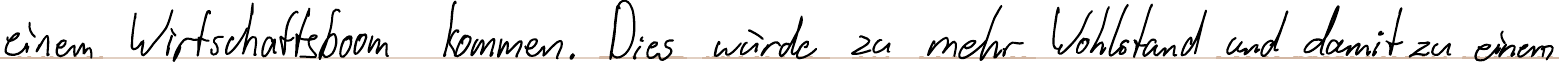
einem Wirtschaftsboom kommen. Dies würde zu mehr Wohlstand und damit zu einem